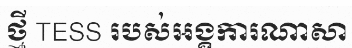
ថ្មី TESS របស់អង្គការណាសា